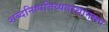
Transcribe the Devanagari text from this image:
शब्दनिष्पत्तिव्यवस्थानरूप